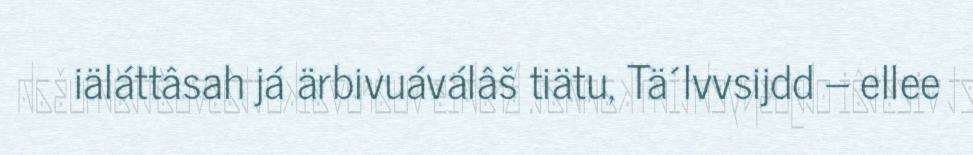
iäláttâsah já ärbivuáválâš tiätu, Tä´lvvsijdd – ellee